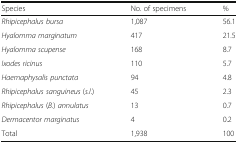
| Species | No. of specimens | % |
 | --- | --- | --- |
 | Rhipicephalus bursa | 1,087 | 56.1 |
 | Hyalomma marginatum | 417 | 21.5 |
 | Hyalomma scupense | 168 | 8.7 |
 | Ixodes ricinus | 110 | 5.7 |
 | Haemaphysalis punctata | 94 | 4.8 |
 | Rhipicephalus sanguineus (s.l.) | 45 | 2.3 |
 | Rhipicephalus (B.) annulatus | 13 | 0.7 |
 | Dermacentor marginatus | 4 | 0.2 |
 | Total | 1,938 | 100 |